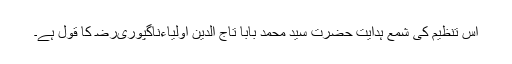
اس تنظیم کی شمع ہدایت حضرت سید محمد بابا تاج الدین اولیاءناگپوریﺭﺿ کا قول ہے۔